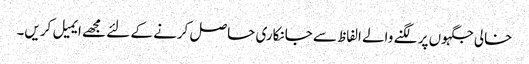
خالی جگہوں پر لگنے والے الفاظ سے جانکاری حاصل کرنے کے لئے مجھے ایمیل کریں۔